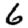
Digit: 6